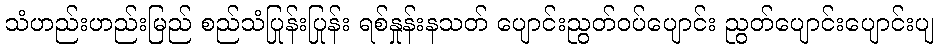
သံဟည်းဟည်းမြည် စည်သံပြုန်းပြုန်း ရစ်နှုန်းနသတ် ပျောင်းညွတ်ဝပ်ပျောင်း ညွတ်ပျောင်းပျောင်းပျ